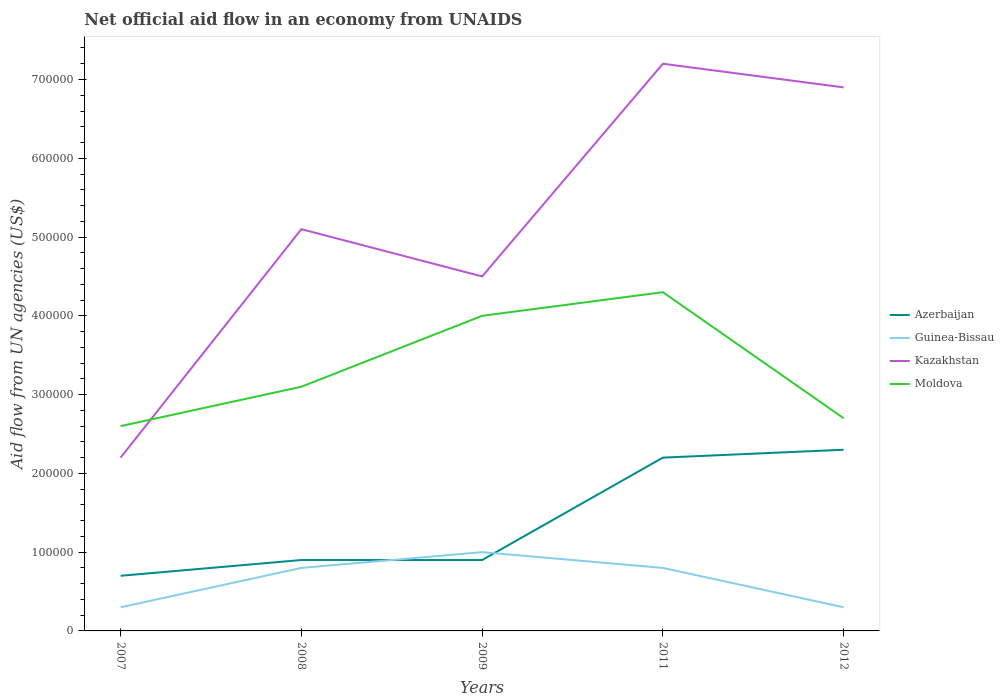
| Years | Azerbaijan | Guinea-Bissau | Kazakhstan | Moldova |
 | --- | --- | --- | --- | --- |
 | 2007 | 7e+04 | 3e+04 | 2.2e+05 | 2.6e+05 |
 | 2008 | 9e+04 | 8e+04 | 5.1e+05 | 3.1e+05 |
 | 2009 | 9e+04 | 1e+05 | 4.5e+05 | 4e+05 |
 | 2011 | 2.2e+05 | 8e+04 | 7.2e+05 | 4.3e+05 |
 | 2012 | 2.3e+05 | 3e+04 | 6.9e+05 | 2.7e+05 |